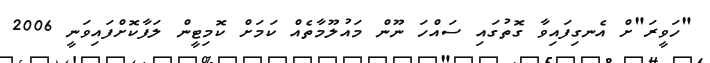
"ހަވީރަ"ށް އެނގިފައިވާ ގޮތުގައި ސައްހަ ނޫން މައުލޫމާތެއް ކަމަށް ކޮމިޓީން ލަފާކޮށްފައިވަނީ 2006